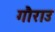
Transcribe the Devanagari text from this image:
गौराउ